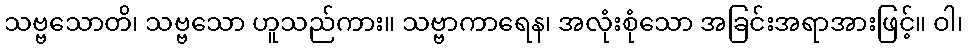
သဗ္ဗသောတိ၊ သဗ္ဗသော ဟူသည်ကား။ သဗ္ဗာကာရေန၊ အလုံးစုံသော အခြင်းအရာအားဖြင့်။ ဝါ၊